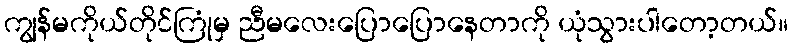
ကျွန်မကိုယ်တိုင်ကြုံမှ ညီမလေးပြောပြောနေတာကို ယုံသွားပါတော့တယ်။